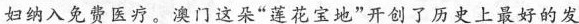
妇纳入免费医疗。澳门这朵”莲花宝地”开创了历史上最好的发